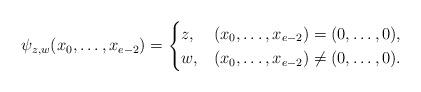
LaTeX: \begin{align*}\psi_{z, w}(x_0, \ldots, x_{e-2})=\begin{cases}z, & (x_0, \ldots, x_{e-2})=(0, \ldots, 0),\\w, & (x_0, \ldots, x_{e-2})\neq (0, \ldots, 0).\end{cases}\end{align*}